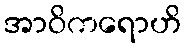
အာဝိကရောဟိ